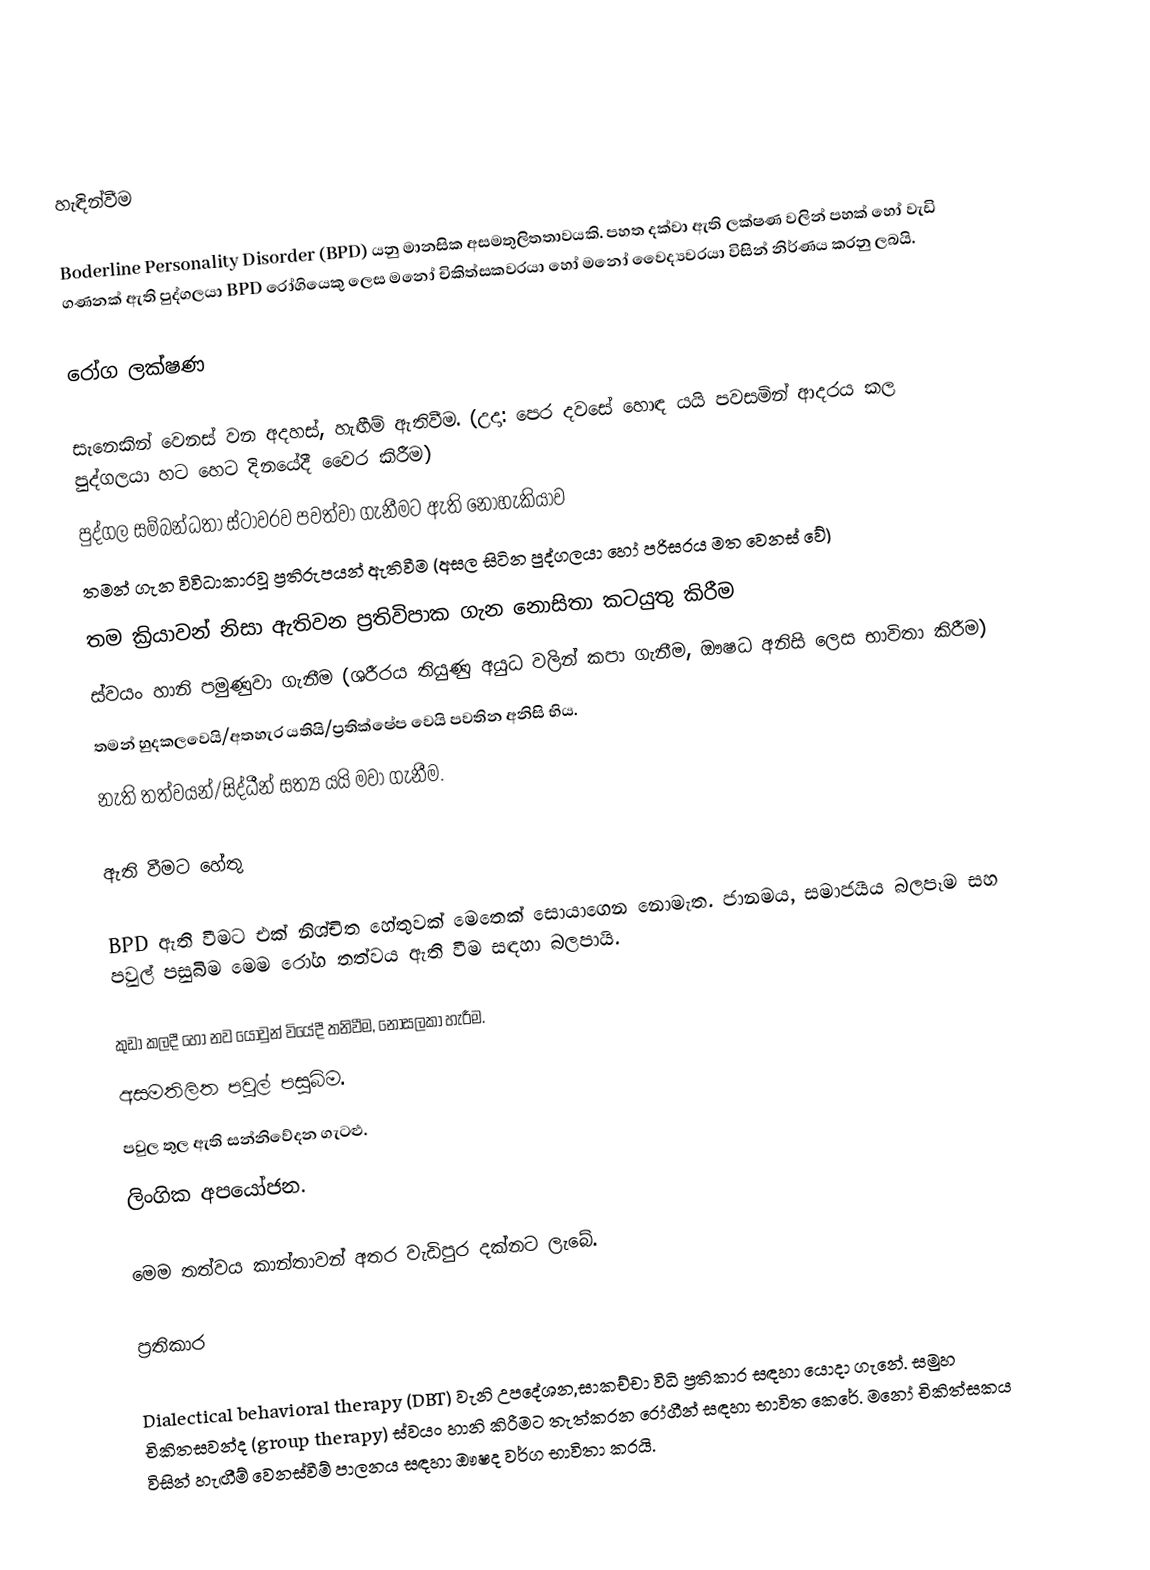

හැඳින්වීම

Boderline Personality Disorder (BPD) යනු මානසික අසමතුලිතතාවයකි. පහත දක්වා ඇති ලක්ෂණ වලින් පහක් හෝ වැඩි ගණනක් ඇති පුද්ගලයා BPD රෝගියෙකු ලෙස මනෝ චිකිත්සකවරයා හෝ මනෝ වෛද්‍යවරයා විසින් නිර්ණය කරනු ලබයි.

රෝග ලක්ෂණ

 සැනෙකින් වෙනස් වන අදහස්, හැඟීම් ඇතිවීම. (උදා: පෙර දවසේ හොඳ යයි පවසමින් ආදරය කල පුද්ගලයා හට හෙට දිනයේදී වෛර කිරීම)
 පුද්ගල සම්බන්ධතා ස්ටාවරව පවත්වා ගැනීමට ඇති නොහැකියාව
 තමන් ගැන විවිධාකාරවූ ප්‍රතිරුපයන් ඇතිවීම (අසල සිටින පුද්ගලයා හෝ පරිසරය මත වෙනස් වේ)
 තම ක්‍රියාවන් නිසා ඇතිවන ප්‍රතිවිපාක ගැන නොසිතා කටයුතු කිරීම
 ස්වයං හානි පමුණුවා ගැනීම (ශරීරය තියුණු අයුධ වලින් කපා ගැනීම, ඖෂධ අනිසි ලෙස භාවිතා කිරීම)
 තමන් හුදකලවෙයි/අතහැර යතියි/ප්‍රතික්ෂේප වෙයි පවතින අනිසි භිය.
 නැති තත්වයන්/සිද්ධීන් සත්‍ය යයි මවා ගැනීම.

ඇති වීමට හේතු

BPD ඇති වීමට එක් නිශ්චිත හේතුවක් මෙතෙක් සොයාගෙන නොමැත. ජානමය, සමාජයීය බලපෑම සහ පවුල් පසුබිම මෙම රෝග තත්වය ඇති වීම සඳහා බලපායි.

 කුඩා කලදී හෝ නව යොවුන් වියේදී තනිවීම, නොසලකා හැරීම.
 අසමතිලිත පවුල් පසුබිම.
 පවුල තුල ඇති සන්නිවේදන ගැටළු.
 ලිංගික අපයෝජන.

මෙම තත්වය කාන්තාවන් අතර වැඩිපුර දක්නට ලැබේ.

ප්‍රතිකාර

Dialectical behavioral therapy (DBT) වැනි උපදේශන,සාකච්චා විධි ප්‍රතිකාර සඳහා යොදා ගැනේ. සමුහ චිකිතසවන්ද (group therapy) ස්වයං හානි කිරීමට තැත්කරන රෝගීන් සඳහා භාවිත කෙරේ. මනෝ චිකිත්සකය විසින් හැඟීම් වෙනස්වීම් පාලනය සඳහා ඖෂද වර්ග භාවිතා කරයි.